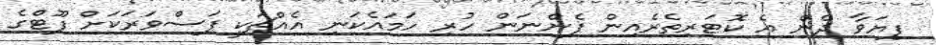
ފިޔަވާ ދެން އެ ކޮޓަރިތެރެއިން ފެންނަން ހުރި ހަމައެކަނި އެއްޗަކީ ފަސްވަރަކަށް ފޫޓްގެ